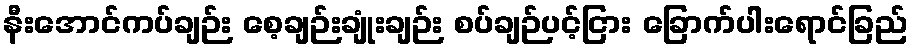
နီးအောင်ကပ်ချဉ်း စေ့ချဉ်းချုံးချဉ်း စပ်ချဉ်ပင့်ငြား ခြောက်ပါးရောင်ခြည်